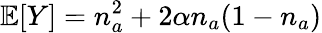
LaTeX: \mathbb{E}[Y]=n_{a}^{2}+2\alpha n_{a}(1-n_{a})